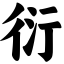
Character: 衍